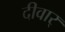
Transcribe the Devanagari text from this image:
दीवार्